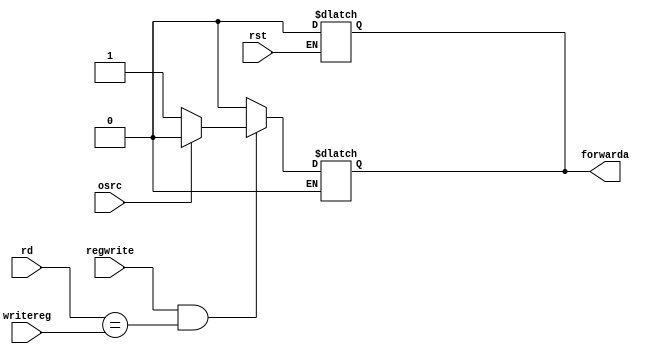

module forwarding(
		input [2:0]rd,
		input osrc,
		input [2:0]writereg,
		input regwrite,
		input rst,
		output reg forwarda
    );
	 
	 always@(rst)
	 begin
	 if(rst==1)begin forwarda = 0;end
	 end
	 
	 always@*
	 begin 
	 if(regwrite==1 && rd == writereg)
	 begin 
	 if(osrc == 0) begin forwarda = 1; end
	 else if(osrc == 1) begin forwarda = 0; end
	 end
	 else begin forwarda = 0; end 
	 end
	 	 
endmodule